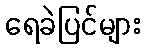
ရေခဲပြင်များ